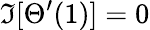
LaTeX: \Im[\Theta^{\prime}(1)]=0